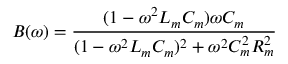
B ( \omega ) = \frac { ( 1 - \omega ^ { 2 } L _ { m } C _ { m } ) \omega C _ { m } } { ( 1 - \omega ^ { 2 } L _ { m } C _ { m } ) ^ { 2 } + \omega ^ { 2 } C _ { m } ^ { 2 } R _ { m } ^ { 2 } }